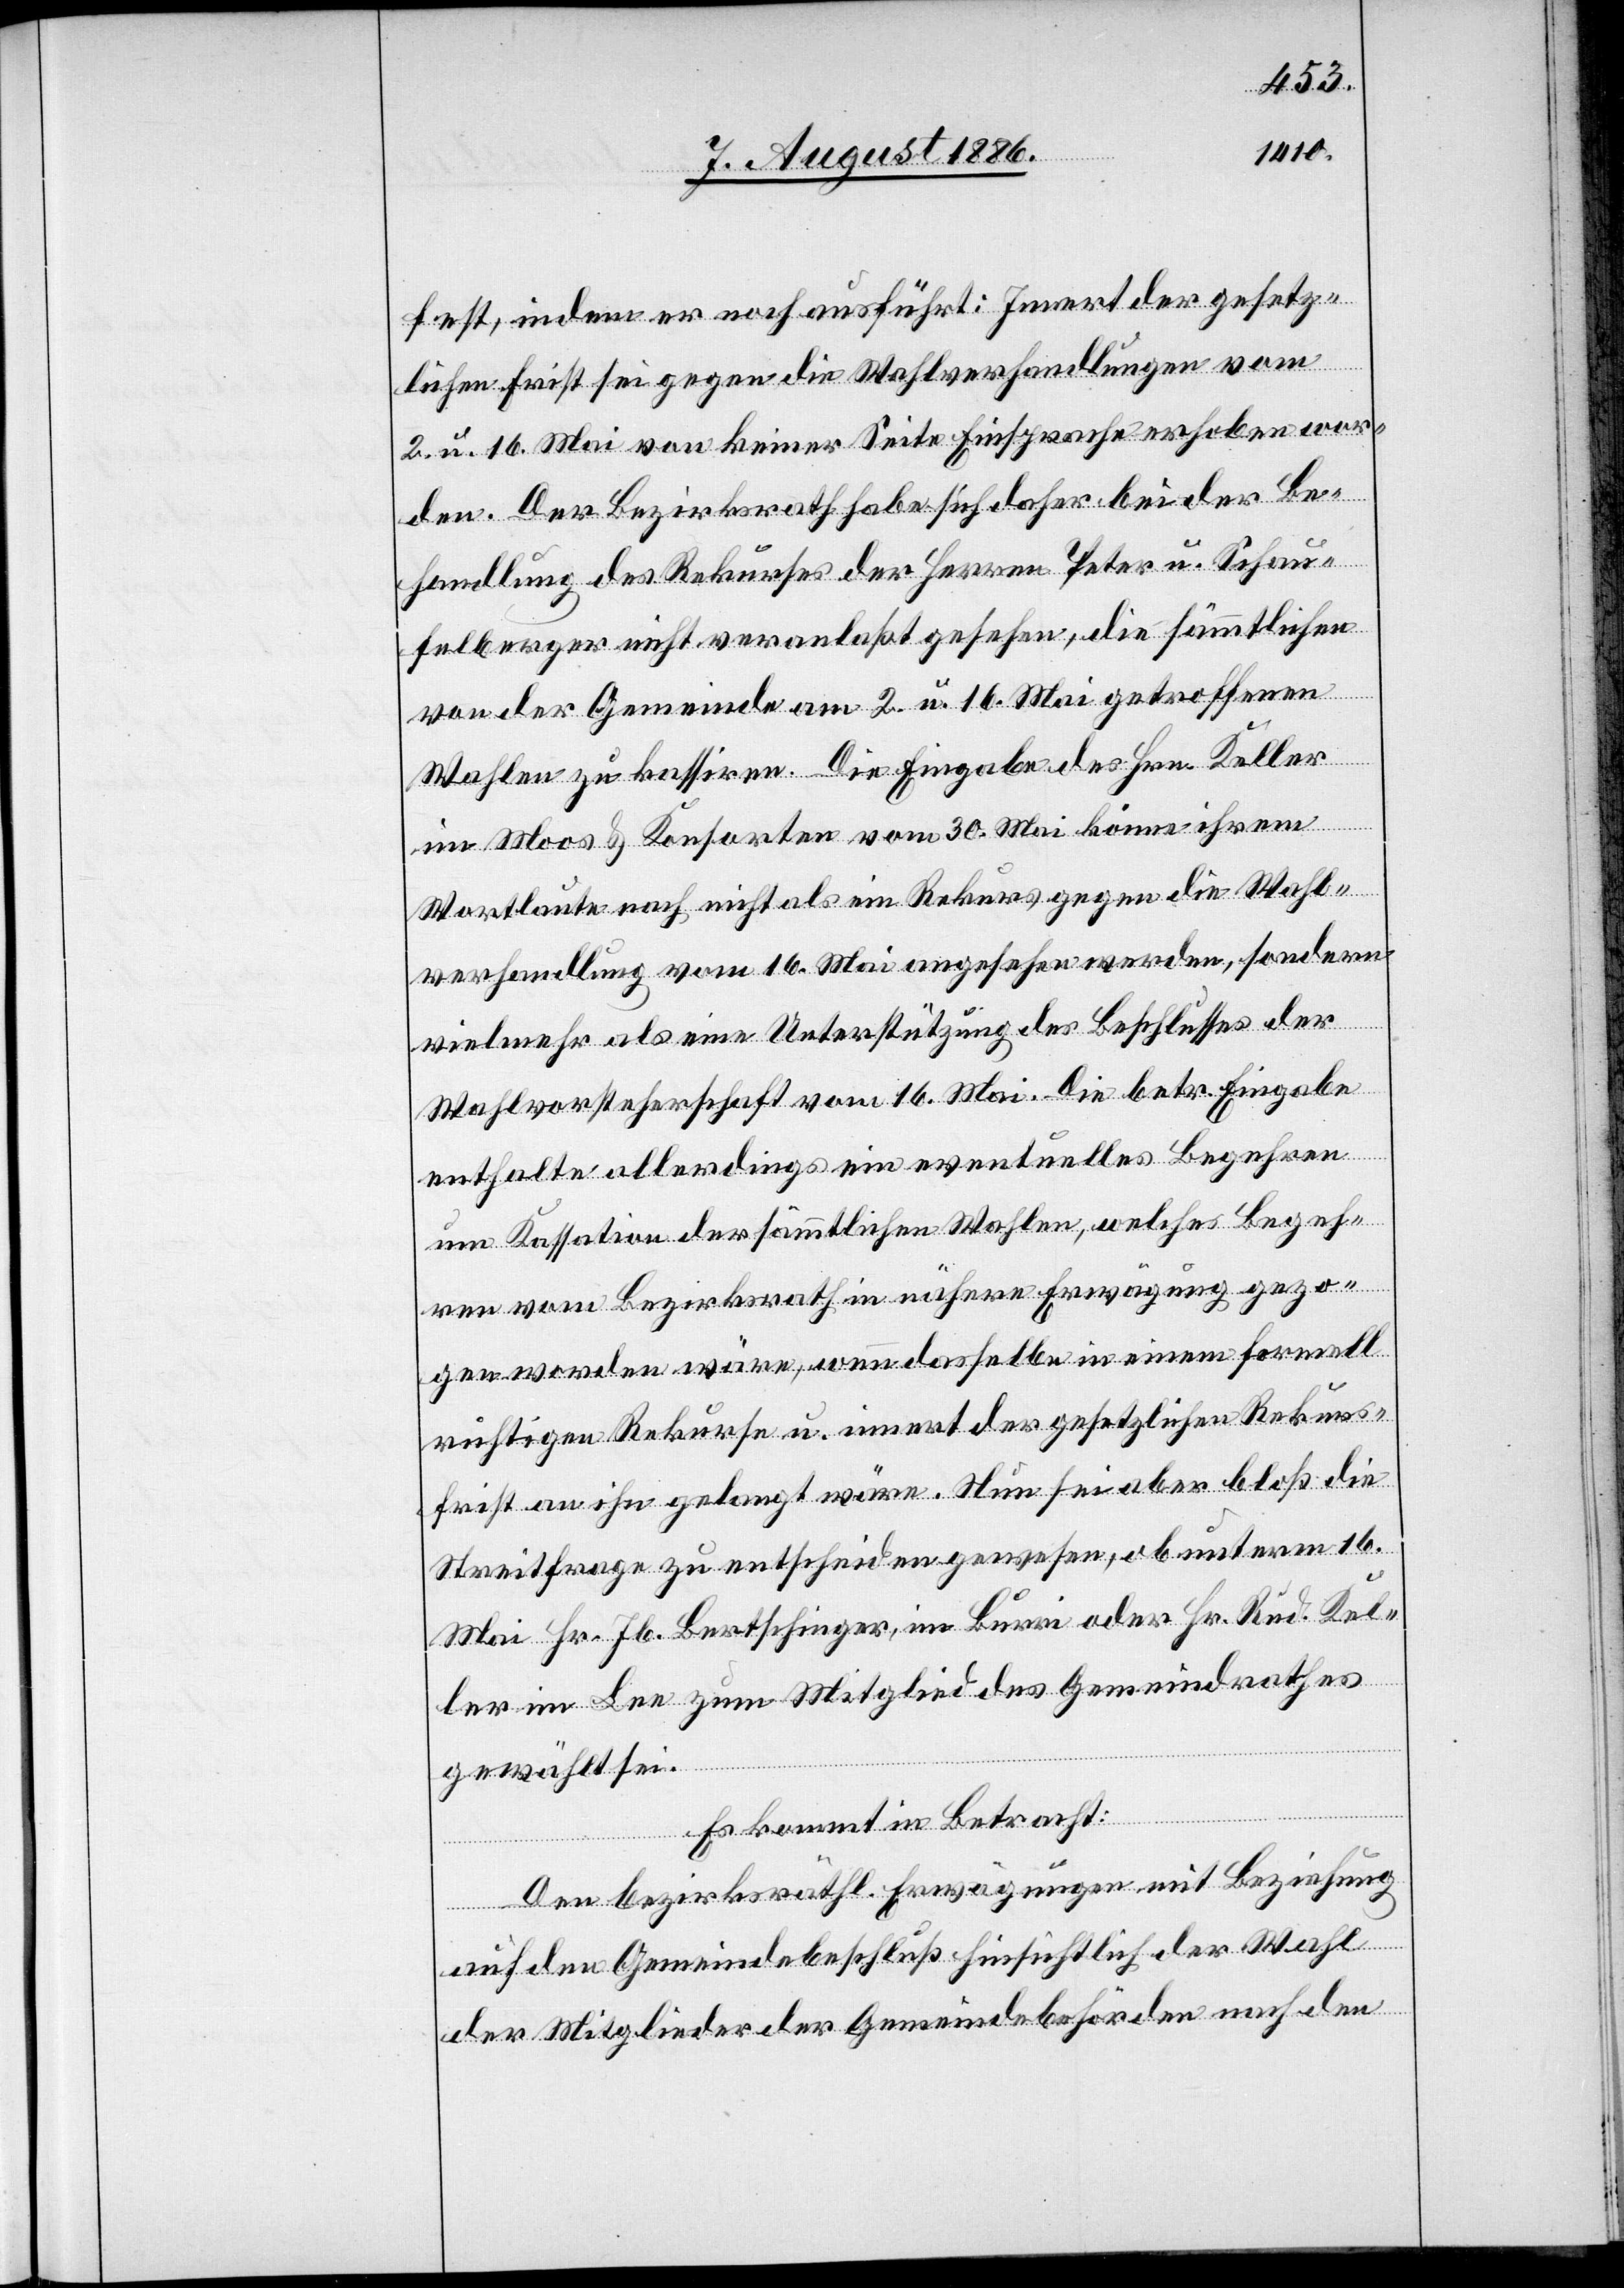
fest, indem er noch ausführt: Innert der gesetz¬
lichen Frist sei gegen die Wahlverhandlungen vom
2. u. 16. Mai von keiner Seite Einsprache erhoben wor¬
den. Der Bezirksrath habe sich daher bei der Be¬
handlung des Rekurses der Herren Peter u. Schau¬
felberger nicht veranlaßt gesehen, die sämmtlichen
von der Gemeinde am 2. u. 16. Mai getroffenen
Wahlen zu kassiren. Die Eingabe des Hrn. Keller
im Moos & Konsorten vom 30. Mai könne ihrem
Wortlaute nach nicht als ein Rekurs gegen die Wahl¬
verhandlung vom 16. Mai angesehen werden, sondern
vielmehr als eine Unterstützung des Beschlusses der
Wahlvorsteherschaft vom 16. Mai. Die betr. Eingabe
enthalte allerdings ein eventuelles Begehren
um Kassation der sämmtlichen Wahlen, welches Begeh¬
ren vom Bezirksrath in nähere Erwägung gezo¬
gen worden wäre, wenn dasselbe in einem formell
richtigen Rekurse u. innert der gesetzlichen Rekurs¬
frist an ihn gelangt wäre. Nun sei aber bloß die
Streitfrage zu entscheiden gewesen, ob unterm 16.
Mai Hr. Jb. Bertschinger, im Burri oder Hr. Rud. Kel¬
ler im Lee zum Mitglied des Gemeindrathes
gewählt sei.
Es kommt in Betracht:
Den bezirksräthl. Erwägungen mit Beziehung
auf den Gemeindebeschluß hinsichtlich der Wahl
der Mitglieder der Gemeindebehörden nach den